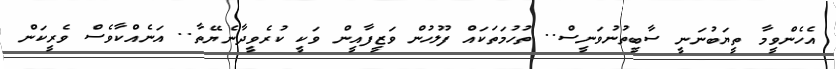
އެހެންވީމާ ތީޔަބުނަނީ ސާބީތުނުވަނީސް.. ތުހުމަތަކައް ފުލުހުން ވަޒީފާއީން ވަކީ ކުރެވީދާނެޔޭތާ.. އަނެއްކާވެސް ވެރީކަން